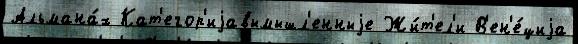
Альмана́х Кат'егор'иjавымышл'енныjе Жи́т'ел'и В'ен'е́циjа